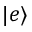
| e \rangle